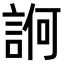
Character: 𧨂